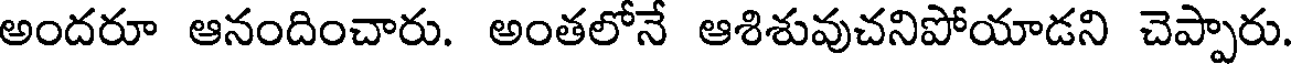
అందరూ ఆనందించారు. అంతలోనే ఆశిశువుచనిపోయాడని చెప్పారు.